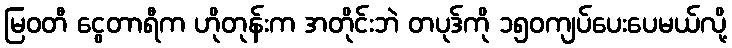
မြဝတီ ငွေတာရီက ဟိုတုန်းက အတိုင်းဘဲ တပုဒ်ကို ၁၅၀ကျပ်ပေးပေမယ်လို့